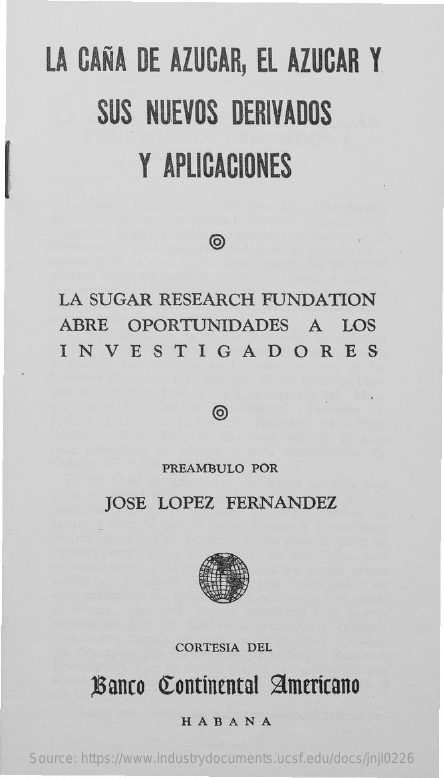
LA  CAÑA    DE   AZUCAR,    EL   AZUCAR    Y.
     SUS    NUEVOS    DERIVADOS
     Y   APLICACIONES
     O
     LA   SUGAR    RESEARCH    FUNDATION
     ABRE    OPORTUNIDADES    A    LOS
     INVESTIGADORES
     O
     PREAMBULO    POR
     JOSE    LOPEZ    FERNANDEZ
     CORTESIA   DEL
     Banco    Continental    Americano
     HABANA
     Source: https://www.industrydocuments.ucsf.edu/docs/jnjl0226